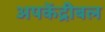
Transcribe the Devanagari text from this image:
अपकेंद्रीबल